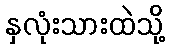
နှလုံးသားထဲသို့